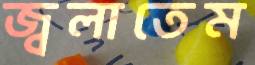
জ্বলাতেম